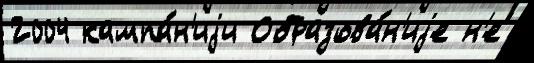
2004 кампа́н'иjи Образова́н'иjе н'е